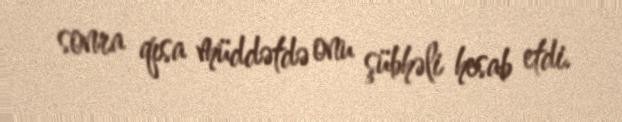
sonra qısa müddətdə onu şübhəli hesab etdi.